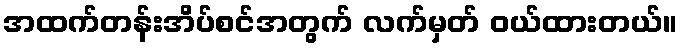
အထက်တန်းအိပ်စင်အတွက် လက်မှတ် ဝယ်ထားတယ်။